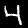
Digit: 4